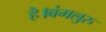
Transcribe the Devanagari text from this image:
है।बंगलुरु